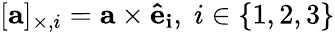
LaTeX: [\mathbf{a}]_{\times,i}=\mathbf{a}\times\mathbf{{\hat{e}}_{i}},\; i\in\{ 1,2,3\}